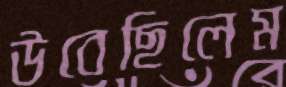
উবেছিলেম